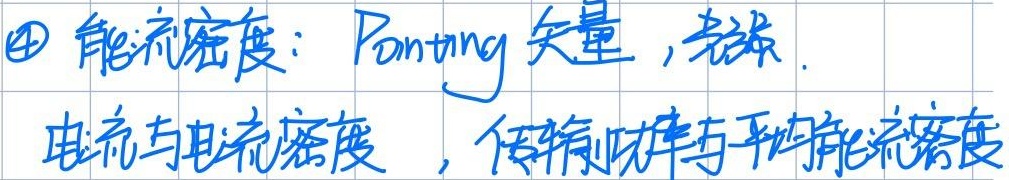
\textcircled{4} 能流密度：Poynting 矢量，光线.电流与电流密度，传输功率与平均能流密度